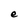
Character: e